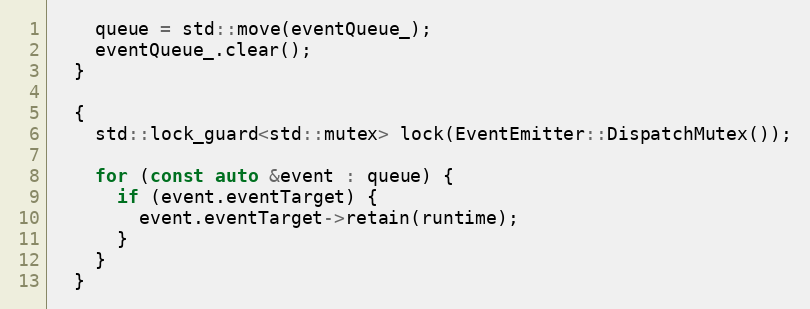
Language: C++
    queue = std::move(eventQueue_);
    eventQueue_.clear();
  }

  {
    std::lock_guard<std::mutex> lock(EventEmitter::DispatchMutex());

    for (const auto &event : queue) {
      if (event.eventTarget) {
        event.eventTarget->retain(runtime);
      }
    }
  }